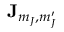
\mathbf { J } _ { m _ { J } , m _ { J } ^ { \prime } }